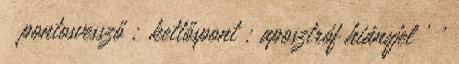
¡ pontosvessző ; kettőspont : aposztróf hiányjel ’ '